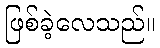
ဖြစ်ခဲ့လေသည်။